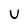
Character: U